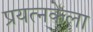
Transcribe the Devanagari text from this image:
प्रयत्नकेला